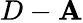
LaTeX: D-\mathbf{A}